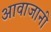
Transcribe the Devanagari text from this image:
आवाजानी